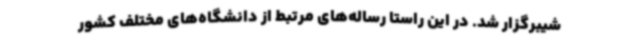
شیبرگزار شد. در این راستا رساله‌های مرتبط از دانشگاه‌های مختلف کشور